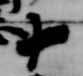
十